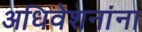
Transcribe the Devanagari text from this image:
अधिवेशनांना